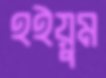
হইয়ুম